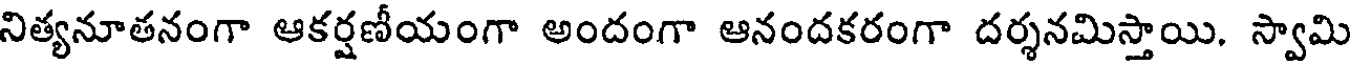
నిత్యనూతనంగా ఆకర్షణీయంగా అందంగా ఆనందకరంగా దర్శనమిస్తాయి. స్వామి